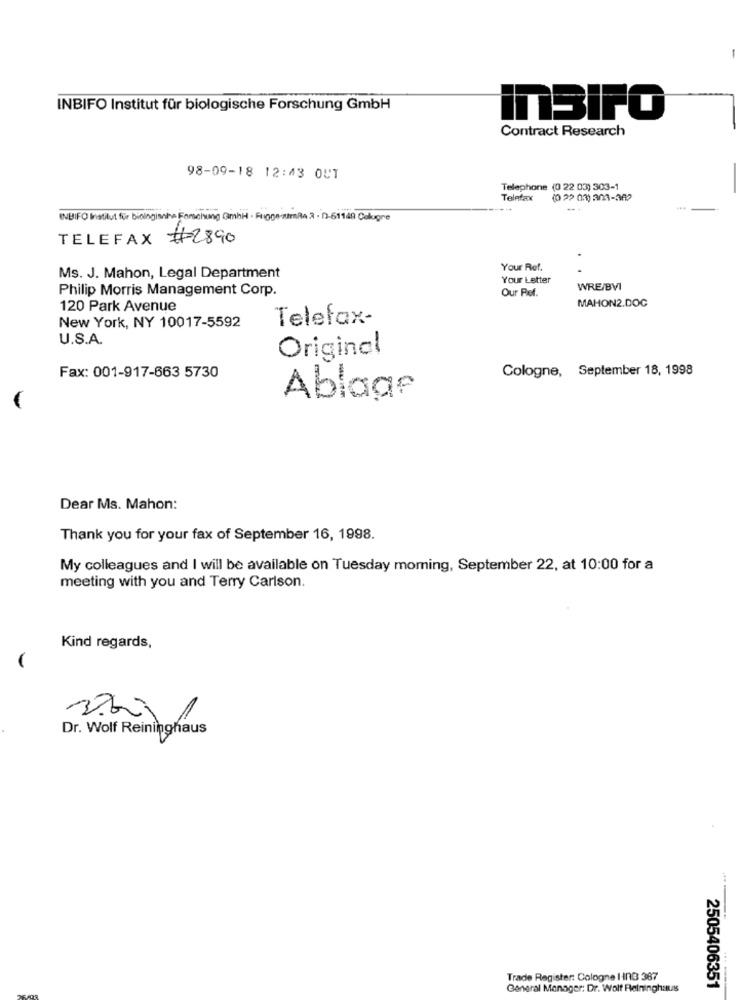
INBIFO Institut für biologische Forschung GmbH
InSIFO
Contract Research
98-09-18 12:43 OUT
Telephone (0 22 03) 303-1
Telefax
(0 22 03) 303-362
INBIFO Institut für biologische Forschung GmbH · Fı000zimRA.3 - 12-61148 Colugre
TELEFAX #2890
Your Ref.
Ms. J. Mahon, Legal Department
Your Letter
Philip Morris Management Corp.
Our Ref.
WRE/BVI
120 Park Avenue
MAHON2.DOC
New York, NY 10017-5592
Telefax-
U.S.A.
Original
Cologne, September 18, 1998
Fax: 001-917-663 5730
Ablage
Dear Ms. Mahon:
Thank you for your fax of September 16, 1998.
My colleagues and I will be available on Tuesday morning, September 22, at 10:00 for a
meeting with you and Terry Carlson.
Kind regards,
Dr. Wolf Reininghaus
Trade Register: Cologne I ING 387
General Manager: Dr. Wolf Relninghauss
2505406351